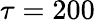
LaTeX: \tau=200